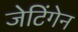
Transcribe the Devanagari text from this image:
जेटिंगेन